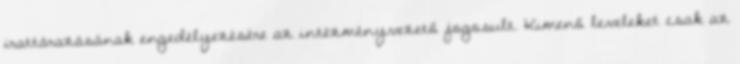
irattárazásának engedélyezésére az intézményvezető jogosult. Kimenő leveleket csak az